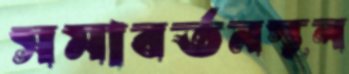
সমাবর্তনস্থল